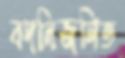
বদলিজনিত